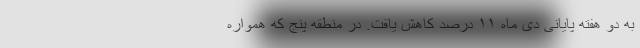
به دو هفته پایانی دی ماه ۱۱ درصد کاهش یافت. در منطقه پنج که همواره